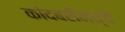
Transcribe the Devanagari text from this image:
कांदबरीमध्ये